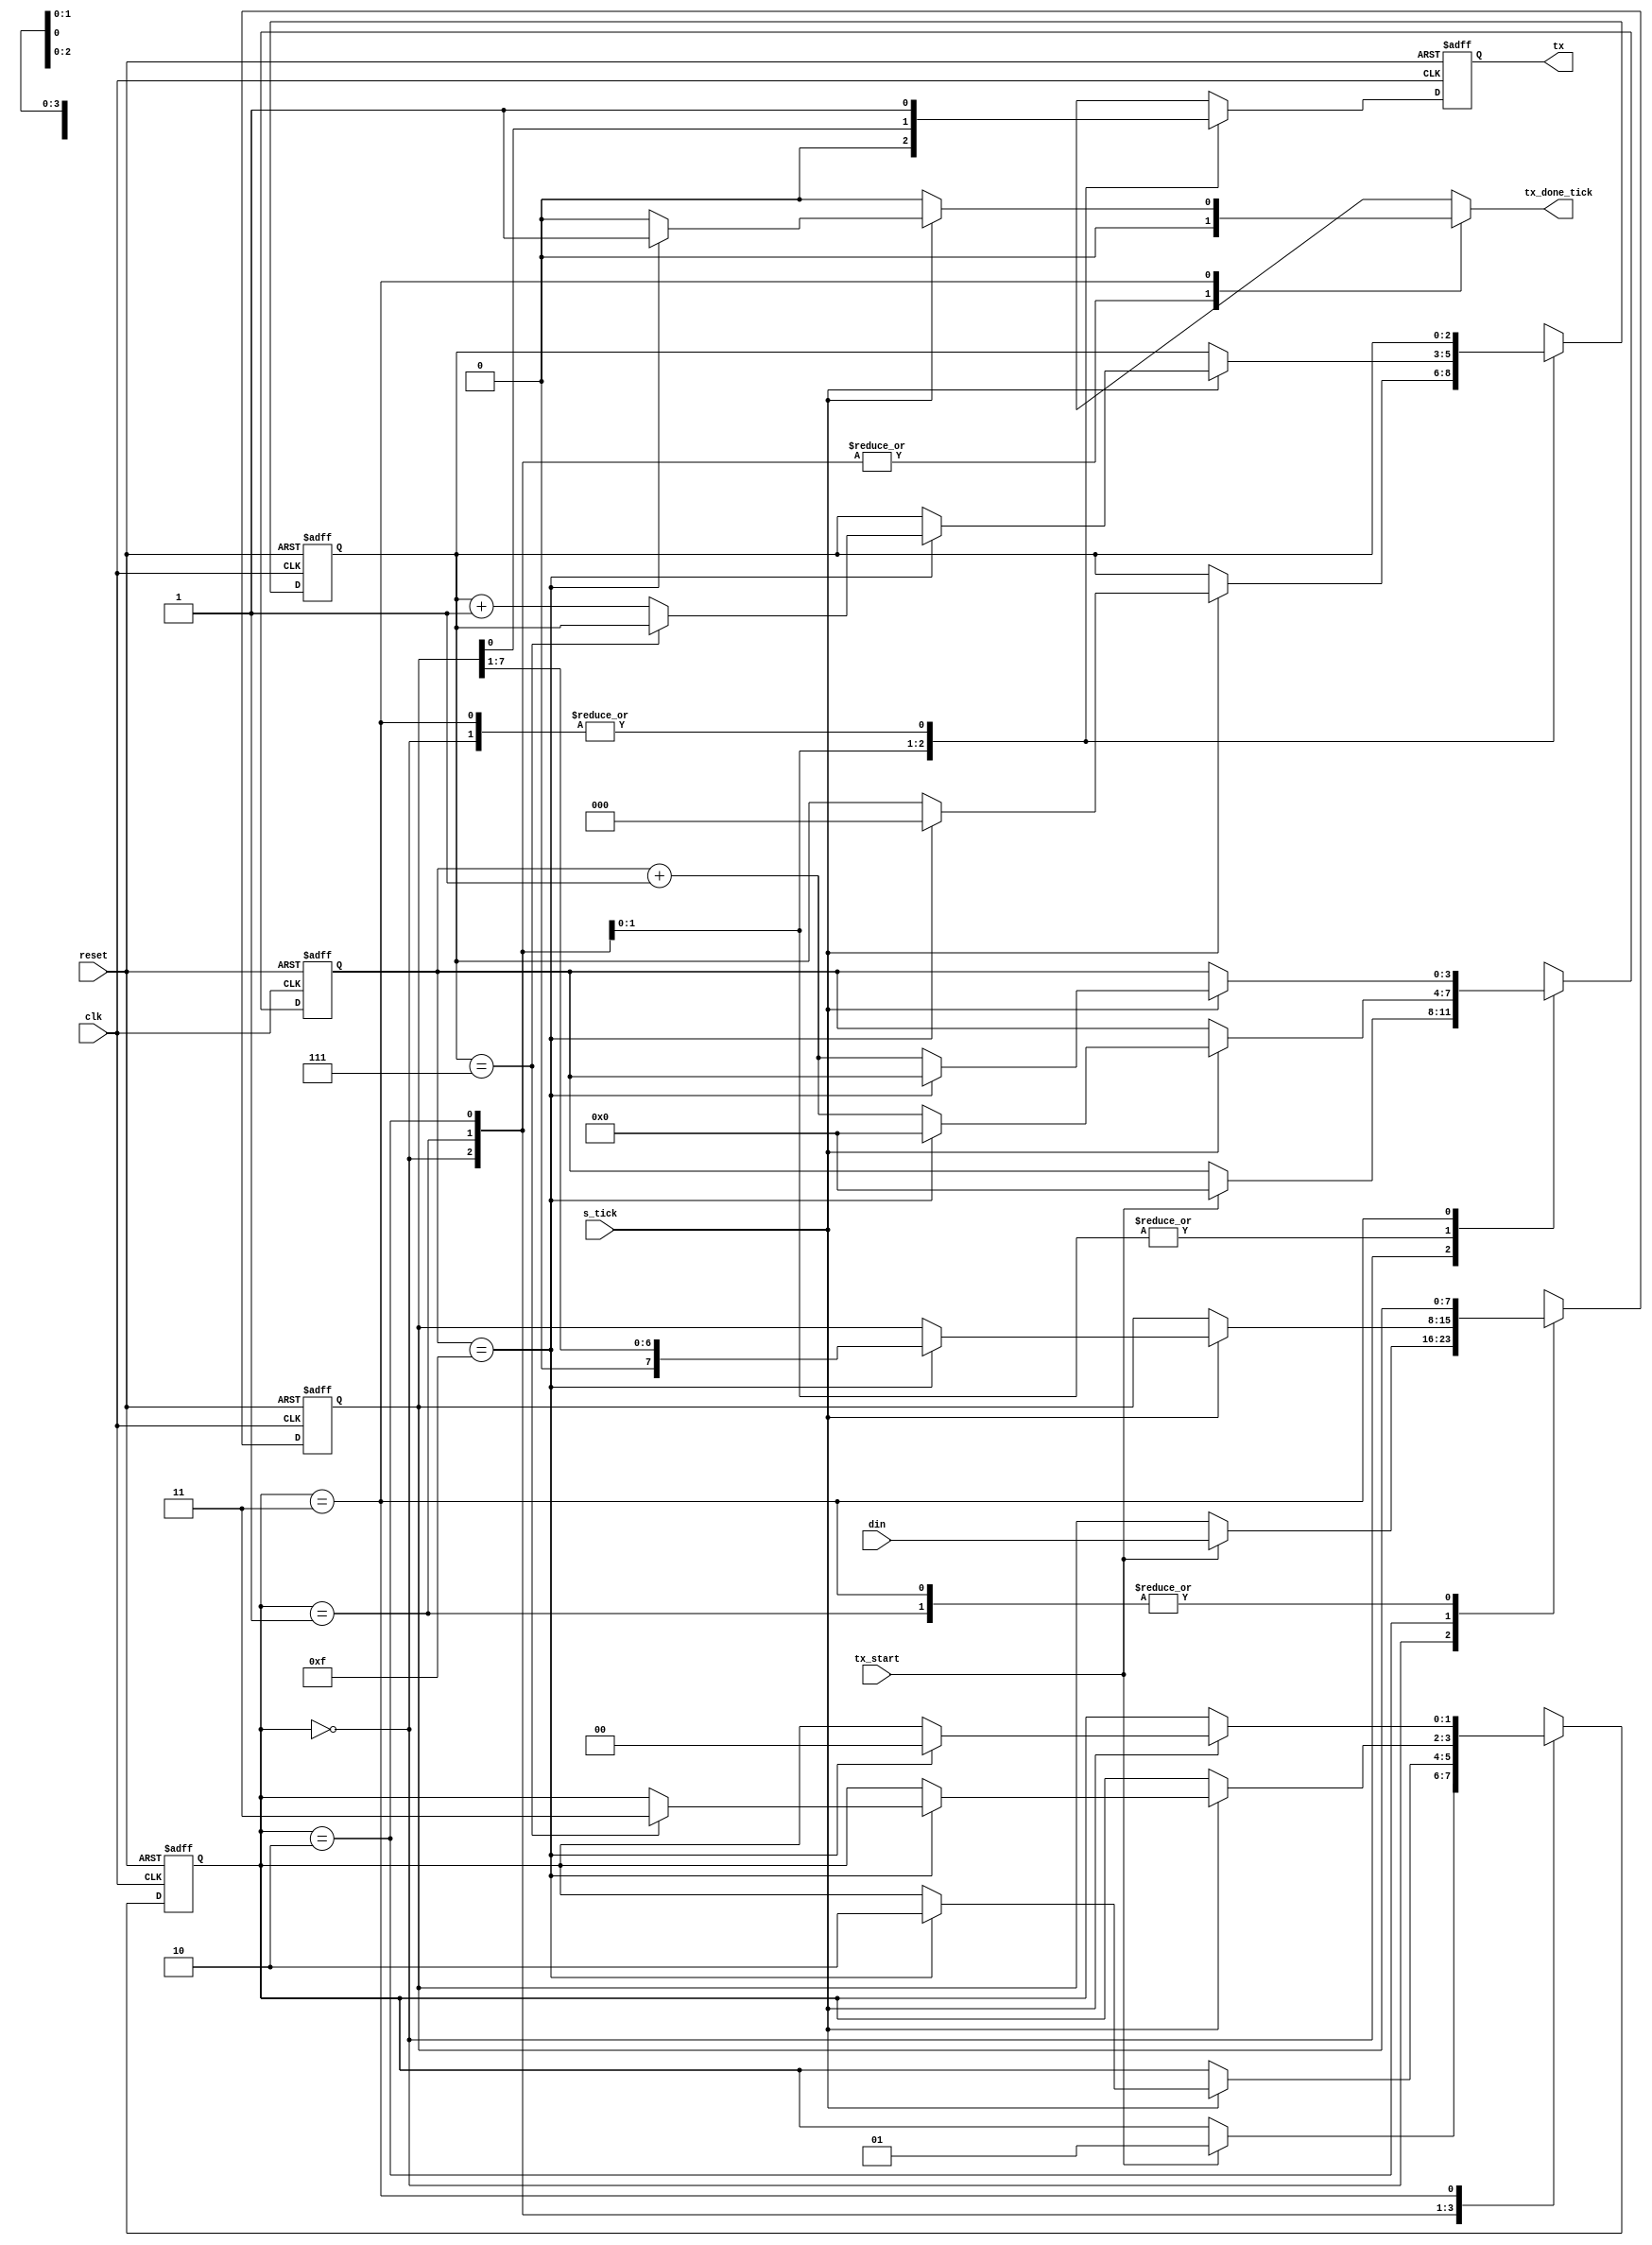
`timescale 1ns / 1ps
//////////////////////////////////////////////////////////////////////////////////
// Company:        Tronlong
// 
// Design Name:    uart_test
// Module Name:    uart_tx 
// Project Name:   uart_test
// Target Devices: xc7a100tfgg484-2I
// Tool versions:  vivado 2015.2
// Description:    UART81
//
// Dependencies: 
//
// Revision: 
// Revision 0.01 - File Created
// Additional Comments: 
//
//////////////////////////////////////////////////////////////////////////////////
module uart_tx
#(
	parameter DBIT = 8,
				 SB_TICK = 16
)
(
	input wire clk,reset,
	input wire tx_start,s_tick,
	input wire [7:0]din,
	output reg tx_done_tick,
	output wire tx
 );
  
 //
localparam[1:0]
	idle  = 2'b00,
	start = 2'b01,
	data  = 2'b10,
	stop  = 2'b11;
  
//
reg[1:0]state_reg,state_next;
reg[3:0]s_reg,s_next;
reg[2:0]n_reg,n_next;
reg[7:0]b_reg,b_next;
reg tx_reg,tx_next;

//FSMD
always@(posedge clk,negedge reset)
	if(!reset)
		begin
			state_reg <= idle;
			s_reg  <= 0;
			n_reg  <= 0;
			b_reg  <= 0;
			tx_reg <= 1'b1;
		end
	else 
		begin
			state_reg <= state_next;
			s_reg <= s_next;
			n_reg <= n_next;
			b_reg <= b_next;
			tx_reg <= tx_next;
		end

//FSMD 
always@*
	begin
		state_next   = state_reg;
		tx_done_tick = 1'b0;
		s_next  = s_reg;
		n_next  = n_reg;
		b_next  = b_reg;
		tx_next = tx_reg;
		case(state_reg)
			idle:
				begin
					tx_next = 1'b1;
					if(tx_start)
						begin
							state_next = start;
							s_next = 0;
							b_next = din;
						end
				end
			start:
				begin
					tx_next = 1'b0;
					if(s_tick)
						if(s_reg==15)
							begin
								state_next = data;
								s_next = 0;
								n_next = 0;
							end
				       else
							 s_next = s_reg + 1'b1;
				end
			data:
				begin
					tx_next = b_reg[0];
					if(s_tick)
						if(s_reg==15)
							begin
								s_next = 0;
								b_next = b_reg >>1;
								if(n_reg==(DBIT-1))
									state_next = stop;
								else
									n_next = n_reg + 1'b1;
							end
						else
							s_next = s_reg + 1'b1;
				end
			stop:
			   begin
					tx_next = 1'b1;
					if(s_tick)
						if(s_reg==(SB_TICK-1))
							begin
								state_next = idle;
								tx_done_tick = 1'b1;
							end
						else
							s_next = s_reg + 1'b1;
				end
		endcase 
	end
	
//
assign tx = tx_reg;

endmodule